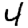
Digit: 4